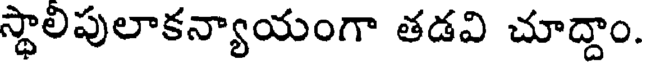
స్థాలిపులాకన్యాయంగా తడవి చూద్దాం.